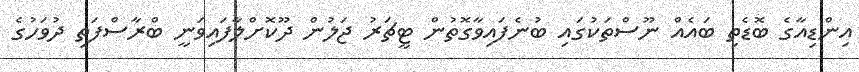
އިންޑިއާގެ ބޮޑެތި ބައެއް ނޫސްތަކުގައި ބުނެފައިވާގޮތުން ޓީޗަރު ޖަލުން ދޫކޮށްލާފައިވަނީ ބްރާސްފަތި ދުވަހުގެ